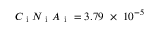
C _ { \mathrm { ~ i ~ } } N _ { \mathrm { ~ i ~ } } A _ { \mathrm { ~ i ~ } } = 3 . 7 9 ~ \times ~ 1 0 ^ { - 5 }